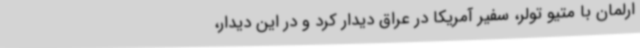
ارلمان با متیو تولر، سفیر آمریکا در عراق دیدار کرد و در این دیدار،